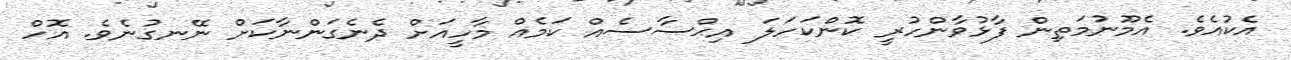
އެކުއެވެ. އެމޫނުމަތިން ފާޅުވާންހުރީ ކޮންކަހަލަ އިޙްސާސެއް ކަމެއް މާހީއަށް ދެނެގަންނާކަށް ނޭނގުނެވެ. އޮހް